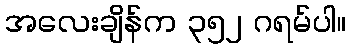
အလေးချိန်က ၃၅၂ ဂရမ်ပါ။